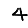
Digit: 4